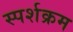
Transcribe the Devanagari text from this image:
स्पर्शक्रम